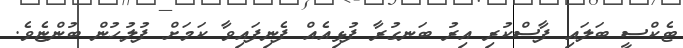
ޓެކްސީ ބަލައި ފާސްކުރި އިރު ބަނގުރާ ފުޅިއެއް ފެނިފައިވާ ކަމަށް ފުލުހުން ބުންޏެވެ.